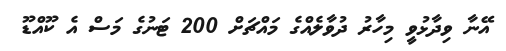
އޭނާ ވިދާޅުވީ މިހާރު ދުވާލެއްގެ މައްޗަށް 200 ޓަނުގެ މަސް އެ ކޫއްޑޫ